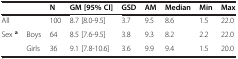
| <COLSPAN=2>  | N | GM [95% CI] | GSD | AM | Median | Min | Max |
 | --- | --- | --- | --- | --- | --- | --- | --- | --- |
 | <COLSPAN=2> All | 100 | 8.7 [8.0-9.5] | 3.7 | 9.5 | 8.6 | 1.5 | 22.0 |
 | Sex a | Boys | 64 | 8.5 [7.6-9.5] | 3.8 | 9.3 | 8.2 | 2.2 | 22.0 |
 |  | Girls | 36 | 9.1 [7.8-10.6] | 3.6 | 9.9 | 9.4 | 1.5 | 20.0 |